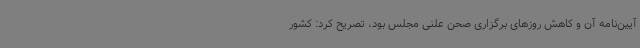
آیین‌نامه آن و کاهش روزهای برگزاری صحن علنی مجلس بود، تصریح کرد: کشور